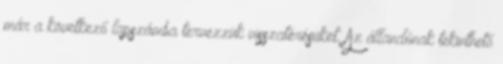
már a következő lapszámba tervezzük visszatérésüket. Az állandónak tekinthető